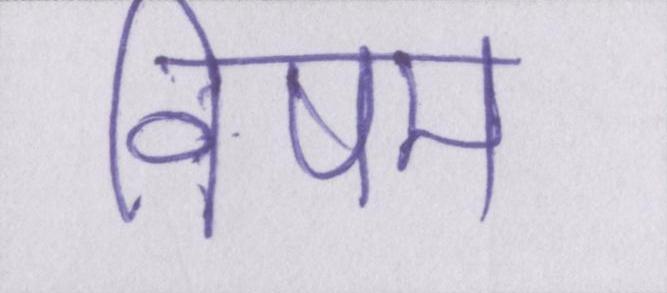
विषम